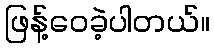
ဖြန့်ဝေခဲ့ပါတယ်။